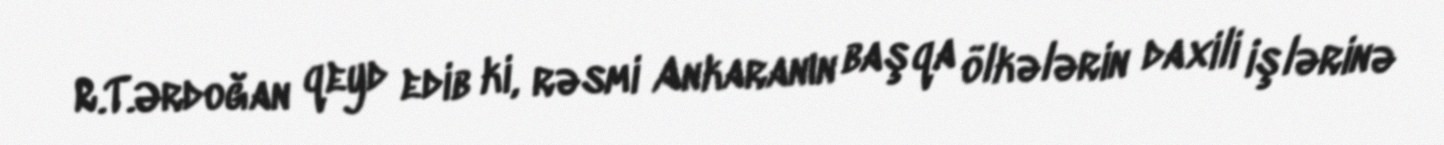
R.T.Ərdoğan qeyd edib ki, rəsmi Ankaranın başqa ölkələrin daxili işlərinə